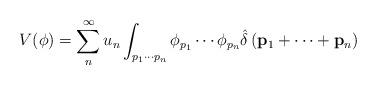
LaTeX: \begin{align*}V(\phi )=\sum_{n}^{\infty }u_{n}\int_{p_{1}\cdots p_{n}}\phi _{p_{1}}\cdots\phi _{p_{n}}\hat{\delta}\left( {\bf p}_{1}+\cdots +{\bf p}_{n}\right)\end{align*}